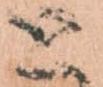
と